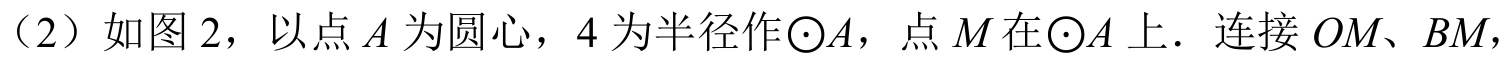
（2）如图 2，以点 \(A\) 为圆心，\(4\) 为半径作\(\odot A\)，点 \(M\) 在\(\odot A\) 上．连接 \(OM、BM\)，